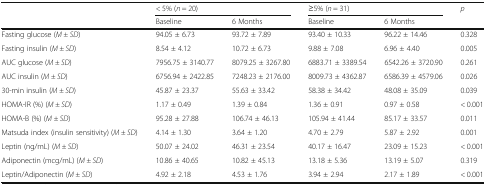
<table><thead><tr><td></td><td colspan="2"><b>&lt; 5% (<i>n</i> = 20)</b></td><td colspan="2"><b>≥5% (<i>n</i> = 31)</b></td><td rowspan="2"><b><i>p</i></b></td></tr><tr><td></td><td><b>Baseline</b></td><td><b>6 Months</b></td><td><b>Baseline</b></td><td><b>6 Months</b></td></tr></thead><tbody><tr><td>Fasting glucose (<i>M ± SD</i>)</td><td>94.05 ± 6.73</td><td>93.72 ± 7.89</td><td>93.40 ± 10.33</td><td>96.22 ± 14.46</td><td>0.328</td></tr><tr><td>Fasting insulin (<i>M ± SD</i>)</td><td>8.54 ± 4.12</td><td>10.72 ± 6.73</td><td>9.88 ± 7.08</td><td>6.96 ± 4.40</td><td>0.005</td></tr><tr><td>AUC glucose (<i>M ± SD</i>)</td><td>7956.75 ± 3140.77</td><td>8079.25 ± 3267.80</td><td>6883.71 ± 3389.54</td><td>6542.26 ± 3720.90</td><td>0.261</td></tr><tr><td>AUC insulin (<i>M ± SD</i>)</td><td>6756.94 ± 2422.85</td><td>7248.23 ± 2176.00</td><td>8009.73 ± 4362.87</td><td>6586.39 ± 4579.06</td><td>0.026</td></tr><tr><td>30-min insulin (<i>M ± SD</i>)</td><td>45.87 ± 23.37</td><td>55.63 ± 33.42</td><td>58.38 ± 34.42</td><td>48.08 ± 35.09</td><td>0.039</td></tr><tr><td>HOMA-IR (%) (<i>M ± SD</i>)</td><td>1.17 ± 0.49</td><td>1.39 ± 0.84</td><td>1.36 ± 0.91</td><td>0.97 ± 0.58</td><td>&lt; 0.001</td></tr><tr><td>HOMA-B (%) (<i>M ± SD</i>)</td><td>95.28 ± 27.88</td><td>106.74 ± 46.13</td><td>105.94 ± 41.44</td><td>85.17 ± 33.57</td><td>0.011</td></tr><tr><td>Matsuda index (insulin sensitivity) (<i>M ± SD</i>)</td><td>4.14 ± 1.30</td><td>3.64 ± 1.20</td><td>4.70 ± 2.79</td><td>5.87 ± 2.92</td><td>0.001</td></tr><tr><td>Leptin (ng/mL) (<i>M ± SD</i>)</td><td>50.07 ± 24.02</td><td>46.31 ± 23.54</td><td>40.17 ± 16.47</td><td>23.09 ± 15.23</td><td>&lt; 0.001</td></tr><tr><td>Adiponectin (mcg/mL) (<i>M ± SD</i>)</td><td>10.86 ± 40.65</td><td>10.82 ± 45.13</td><td>13.18 ± 5.36</td><td>13.19 ± 5.07</td><td>0.319</td></tr><tr><td>Leptin/Adiponectin (<i>M ± SD</i>)</td><td>4.92 ± 2.18</td><td>4.53 ± 1.76</td><td>3.94 ± 2.94</td><td>2.17 ± 1.89</td><td>&lt; 0.001</td></tr></tbody></table>